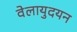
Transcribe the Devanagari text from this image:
वेलायुदयन